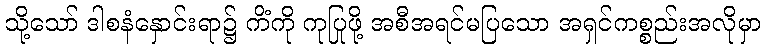
သို့သော် ဒါစနံနှောင်းရာ၌ ကိံကို ကုပြုဖို့ အစီအရင်မပြသော အရှင်ကစ္စည်းအလိုမှာ